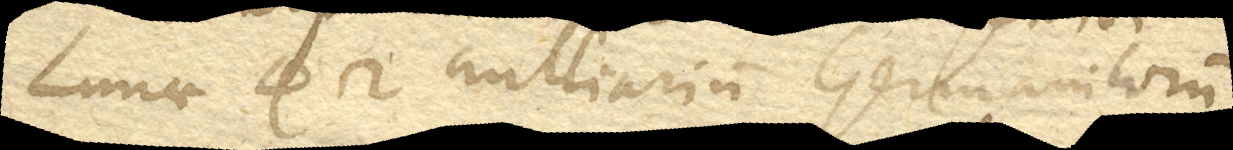
Lunae 42 milliarium Germanicorum.